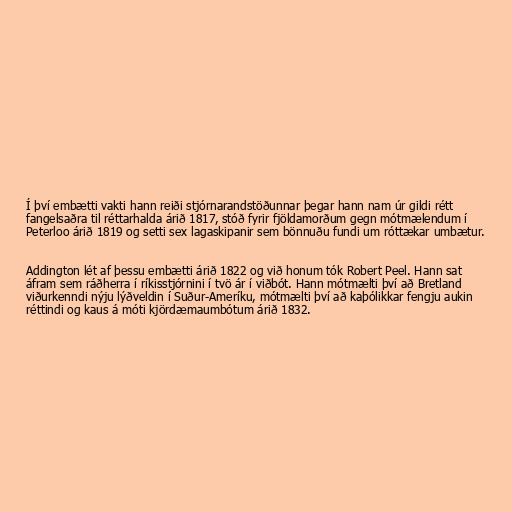
Í því embætti vakti hann reiði stjórnarandstöðunnar þegar hann nam úr gildi rétt
fangelsaðra til réttarhalda árið 1817, stóð fyrir fjöldamorðum gegn mótmælendum í
Peterloo árið 1819 og setti sex lagaskipanir sem bönnuðu fundi um róttækar umbætur.

Addington lét af þessu embætti árið 1822 og við honum tók Robert Peel. Hann sat
áfram sem ráðherra í ríkisstjórnini í tvö ár í viðbót. Hann mótmælti því að Bretland
viðurkenndi nýju lýðveldin í Suður-Ameríku, mótmælti því að kaþólikkar fengju aukin
réttindi og kaus á móti kjördæmaumbótum árið 1832.